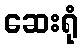
ဆေးရုံ